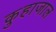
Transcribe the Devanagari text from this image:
कुहाजाल